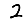
Digit: 2